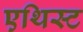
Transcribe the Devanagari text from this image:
एथिस्ट